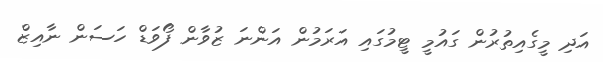
އަދި މީގެއިތުރުން ގައުމީ ޓީމުގައި އަރަމުން އަންނަ ޒުވާން ފޯވަޑް ހަސަން ނާއިޒް